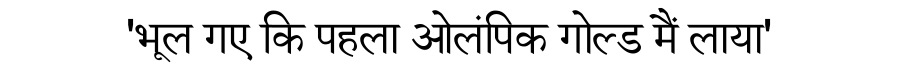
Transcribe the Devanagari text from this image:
'भूल गए कि पहला ओलंपिक गोल्ड मैं लाया'